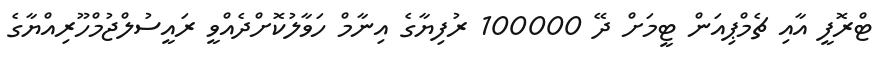
ޓްރޮފީ އާއި ޗެމްޕިއަން ޓީމަށް ދޭ 100000 ރުފިޔާގެ އިނާމް ހަވާލުކޮށްދެއްވީ ރައީސުލްޖުމްހޫރިއްޔާގެ